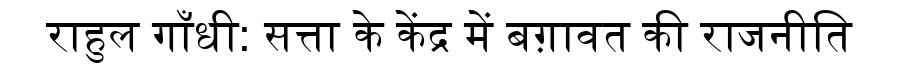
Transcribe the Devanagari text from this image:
राहुल गाँधी: सत्ता के केंद्र में बग़ावत की राजनीति